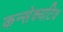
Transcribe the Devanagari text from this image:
कन्सेक्यटिव